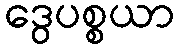
ဒွေပစ္စယာ